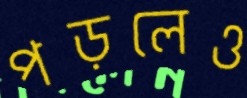
পড়লেও